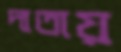
দাতায়